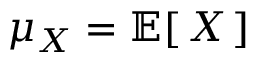
\mu _ { X } = \operatorname { \mathbb { E } } [ \, X \, ]